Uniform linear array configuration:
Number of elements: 12
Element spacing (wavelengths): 0.75
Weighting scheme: hamming
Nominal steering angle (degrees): -60
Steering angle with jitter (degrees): -59.705
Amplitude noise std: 0.05
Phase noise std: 0.05

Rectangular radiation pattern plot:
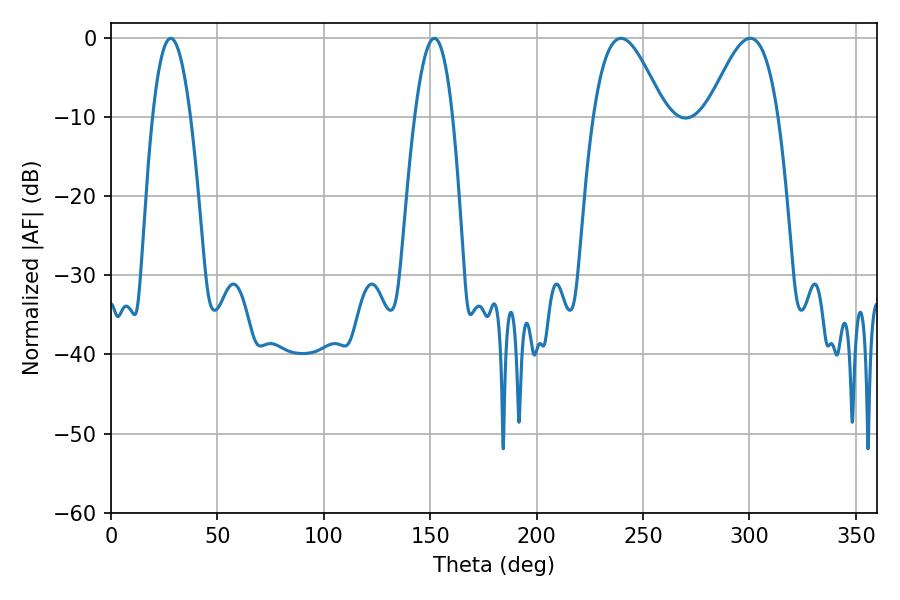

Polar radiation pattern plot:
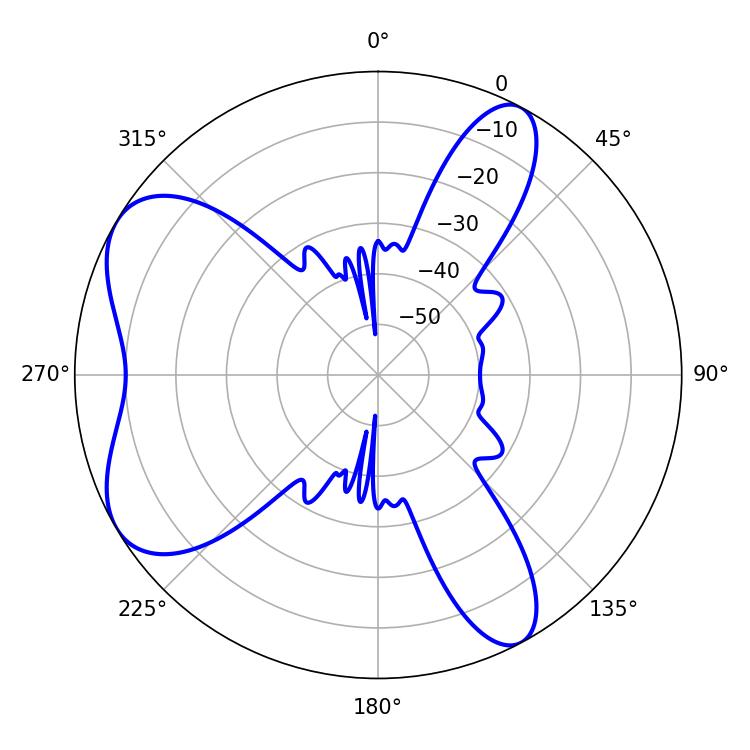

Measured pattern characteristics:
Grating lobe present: TRUE
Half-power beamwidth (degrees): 9.9
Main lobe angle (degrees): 28.08